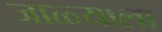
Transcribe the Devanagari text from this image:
जाळ्याला